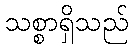
သစ္စာရှိသည်